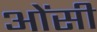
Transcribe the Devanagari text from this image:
ओंसी